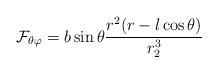
LaTeX: \begin{align*}{\cal F}_{\theta\varphi} = b\sin\theta{r^2(r-l\cos\theta)\over r_2^3}\end{align*}